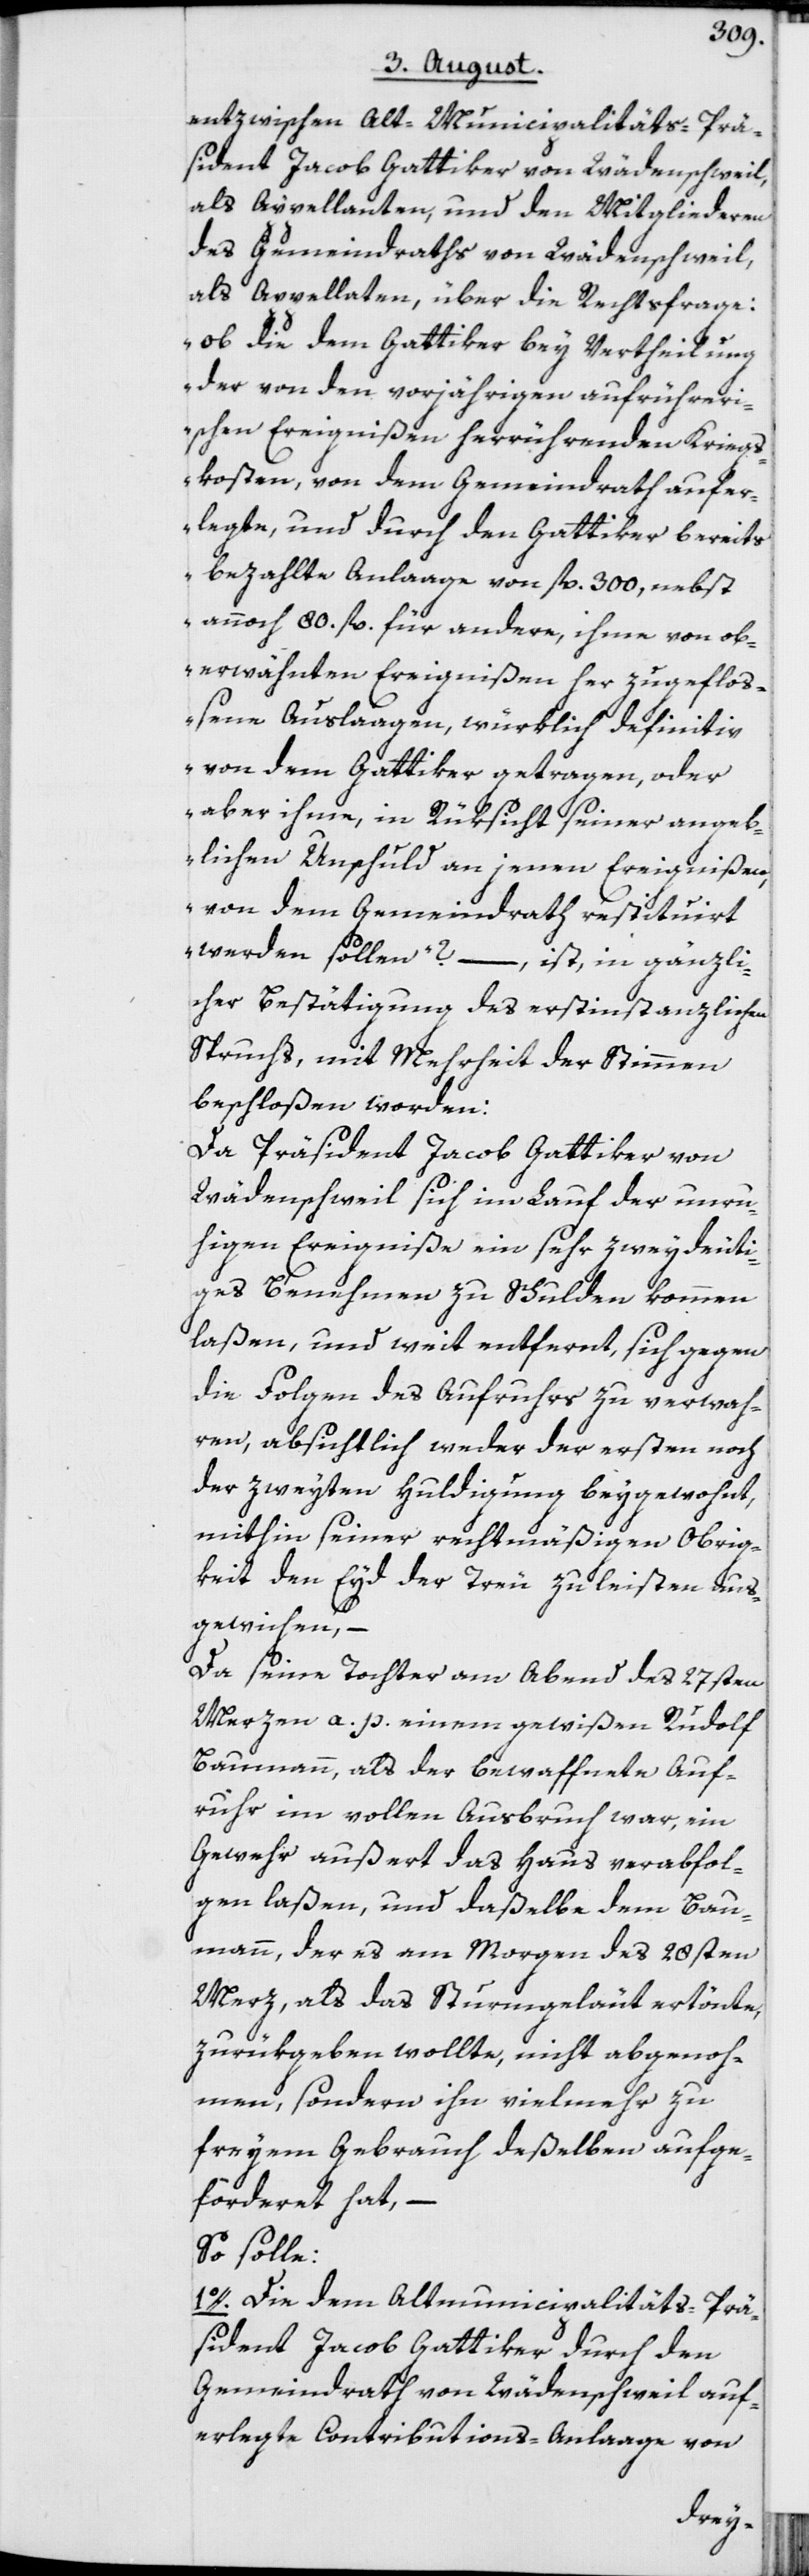
entzwischen Alt-Municipalitäts-Prä¬
sident Jacob Gattiker von Wädenschweil,
als Appellanten, und den Mitgliederen
des Gemeindraths von Wädenschweil,
als Appellaten, über die Rechtsfrage:
„ob die dem Gattiker bey Vertheilung
der von den vorjährigen aufrührer¬
ischen Ereignißen herrührenden Kriegs¬
kosten, von dem Gemeindrath aufer¬
legte, und durch den Gattiker bereits
bezahlte Anlaage von fl. 300, nebst
annoch 80. fl. für andere, ihme von ob¬
erwähnten Ereignißen her zugefloß¬
ene Auslaagen, würklich definitiv
von dem Gattiker getragen, oder
aber ihme, in Rüksicht seiner angeb¬
lichen Unschuld an jenen Ereignißen,
von dem Gemeindrath restituirt
werden sollen?“ –, ist, in gänzli¬
cher Bestätigung des erstinstanzlichen
Spruchs, mit Mehrheit der Stimmen
beschloßen worden:
Da Präsident Jacob Gattiker von
Wädenschweil sich im Lauf der unru¬
higen Ereigniße ein sehr zweydeuti¬
ges Benehmen zu Schulden kommen
laßen, und weit entfernt, sich gegen
die Folgen des Aufruhrs zu verwah¬
ren, absichtlich weder der ersten noch
der zweyten Huldigung beygewohnt,
mithin seiner rechtmäßigen Obrig¬
keit den Eyd der Treu zu leisten aus¬
gewichen, –
Da seine Tochter am Abend des 27sten
Merzen a. p. einem gewißen Rudolf
Baumann, als der bewaffnete Auf¬
ruhr im vollen Ausbruch war, ein
Gewehr außert das Haus verabfol¬
gen laßen, und daßelbe dem Bau¬
mann, der es am Morgen des 28sten
Merz, als das Sturmgeläut ertönte,
zurükgeben wollte, nicht abgenoh¬
men, sondern ihn vielmehr zu
freyem Gebrauch deßelben aufge¬
förderet hat, –
So solle:
1o. Die dem Altmunicipalitäts-Prä¬
sident Jacob Gattiker durch den
Gemeindrath von Wädenschweil auf¬
erlegte Contributions-Anlaage von